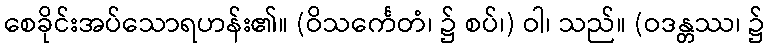
စေခိုင်းအပ်သောရဟန်း၏။ (ဝိသင်္ကေတံ၊ ၌ စပ်၊) ဝါ၊ သည်။ (ဝဒန္တဿ၊ ၌